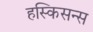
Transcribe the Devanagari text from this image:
हस्किसन्स